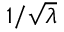
1 / \sqrt { \lambda }